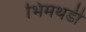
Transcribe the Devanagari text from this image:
भिमथडी